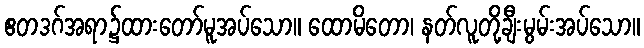
ဧတဒဂ်အရာ၌ထားတော်မူအပ်သော။ ထောမိတော၊ နတ်လူတို့ချီးမွမ်းအပ်သော။